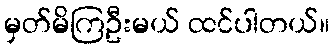
မှတ်မိကြဦးမယ် ထင်ပါတယ်။